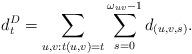
LaTeX: \begin{align*}d^D_t = \sum_{u,v : t(u,v) = t} \sum_{s = 0}^{\omega_{uv}-1} d_{(u,v,s)}.\end{align*}